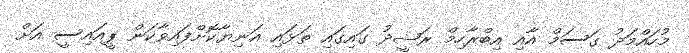
މުހައްމަދު ގަސަމް އާއި އިބްރާހިމް ރަޝީދު ގައިގައި ތަޅައި އަނިޔާކޮށްފައިވާކަން ޕީއައިސީ އަށް